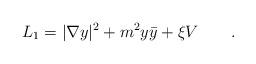
LaTeX: \begin{align*}L_1=|\nabla y|^2+m^2y\bar{y}+\xi V\qquad.\end{align*}